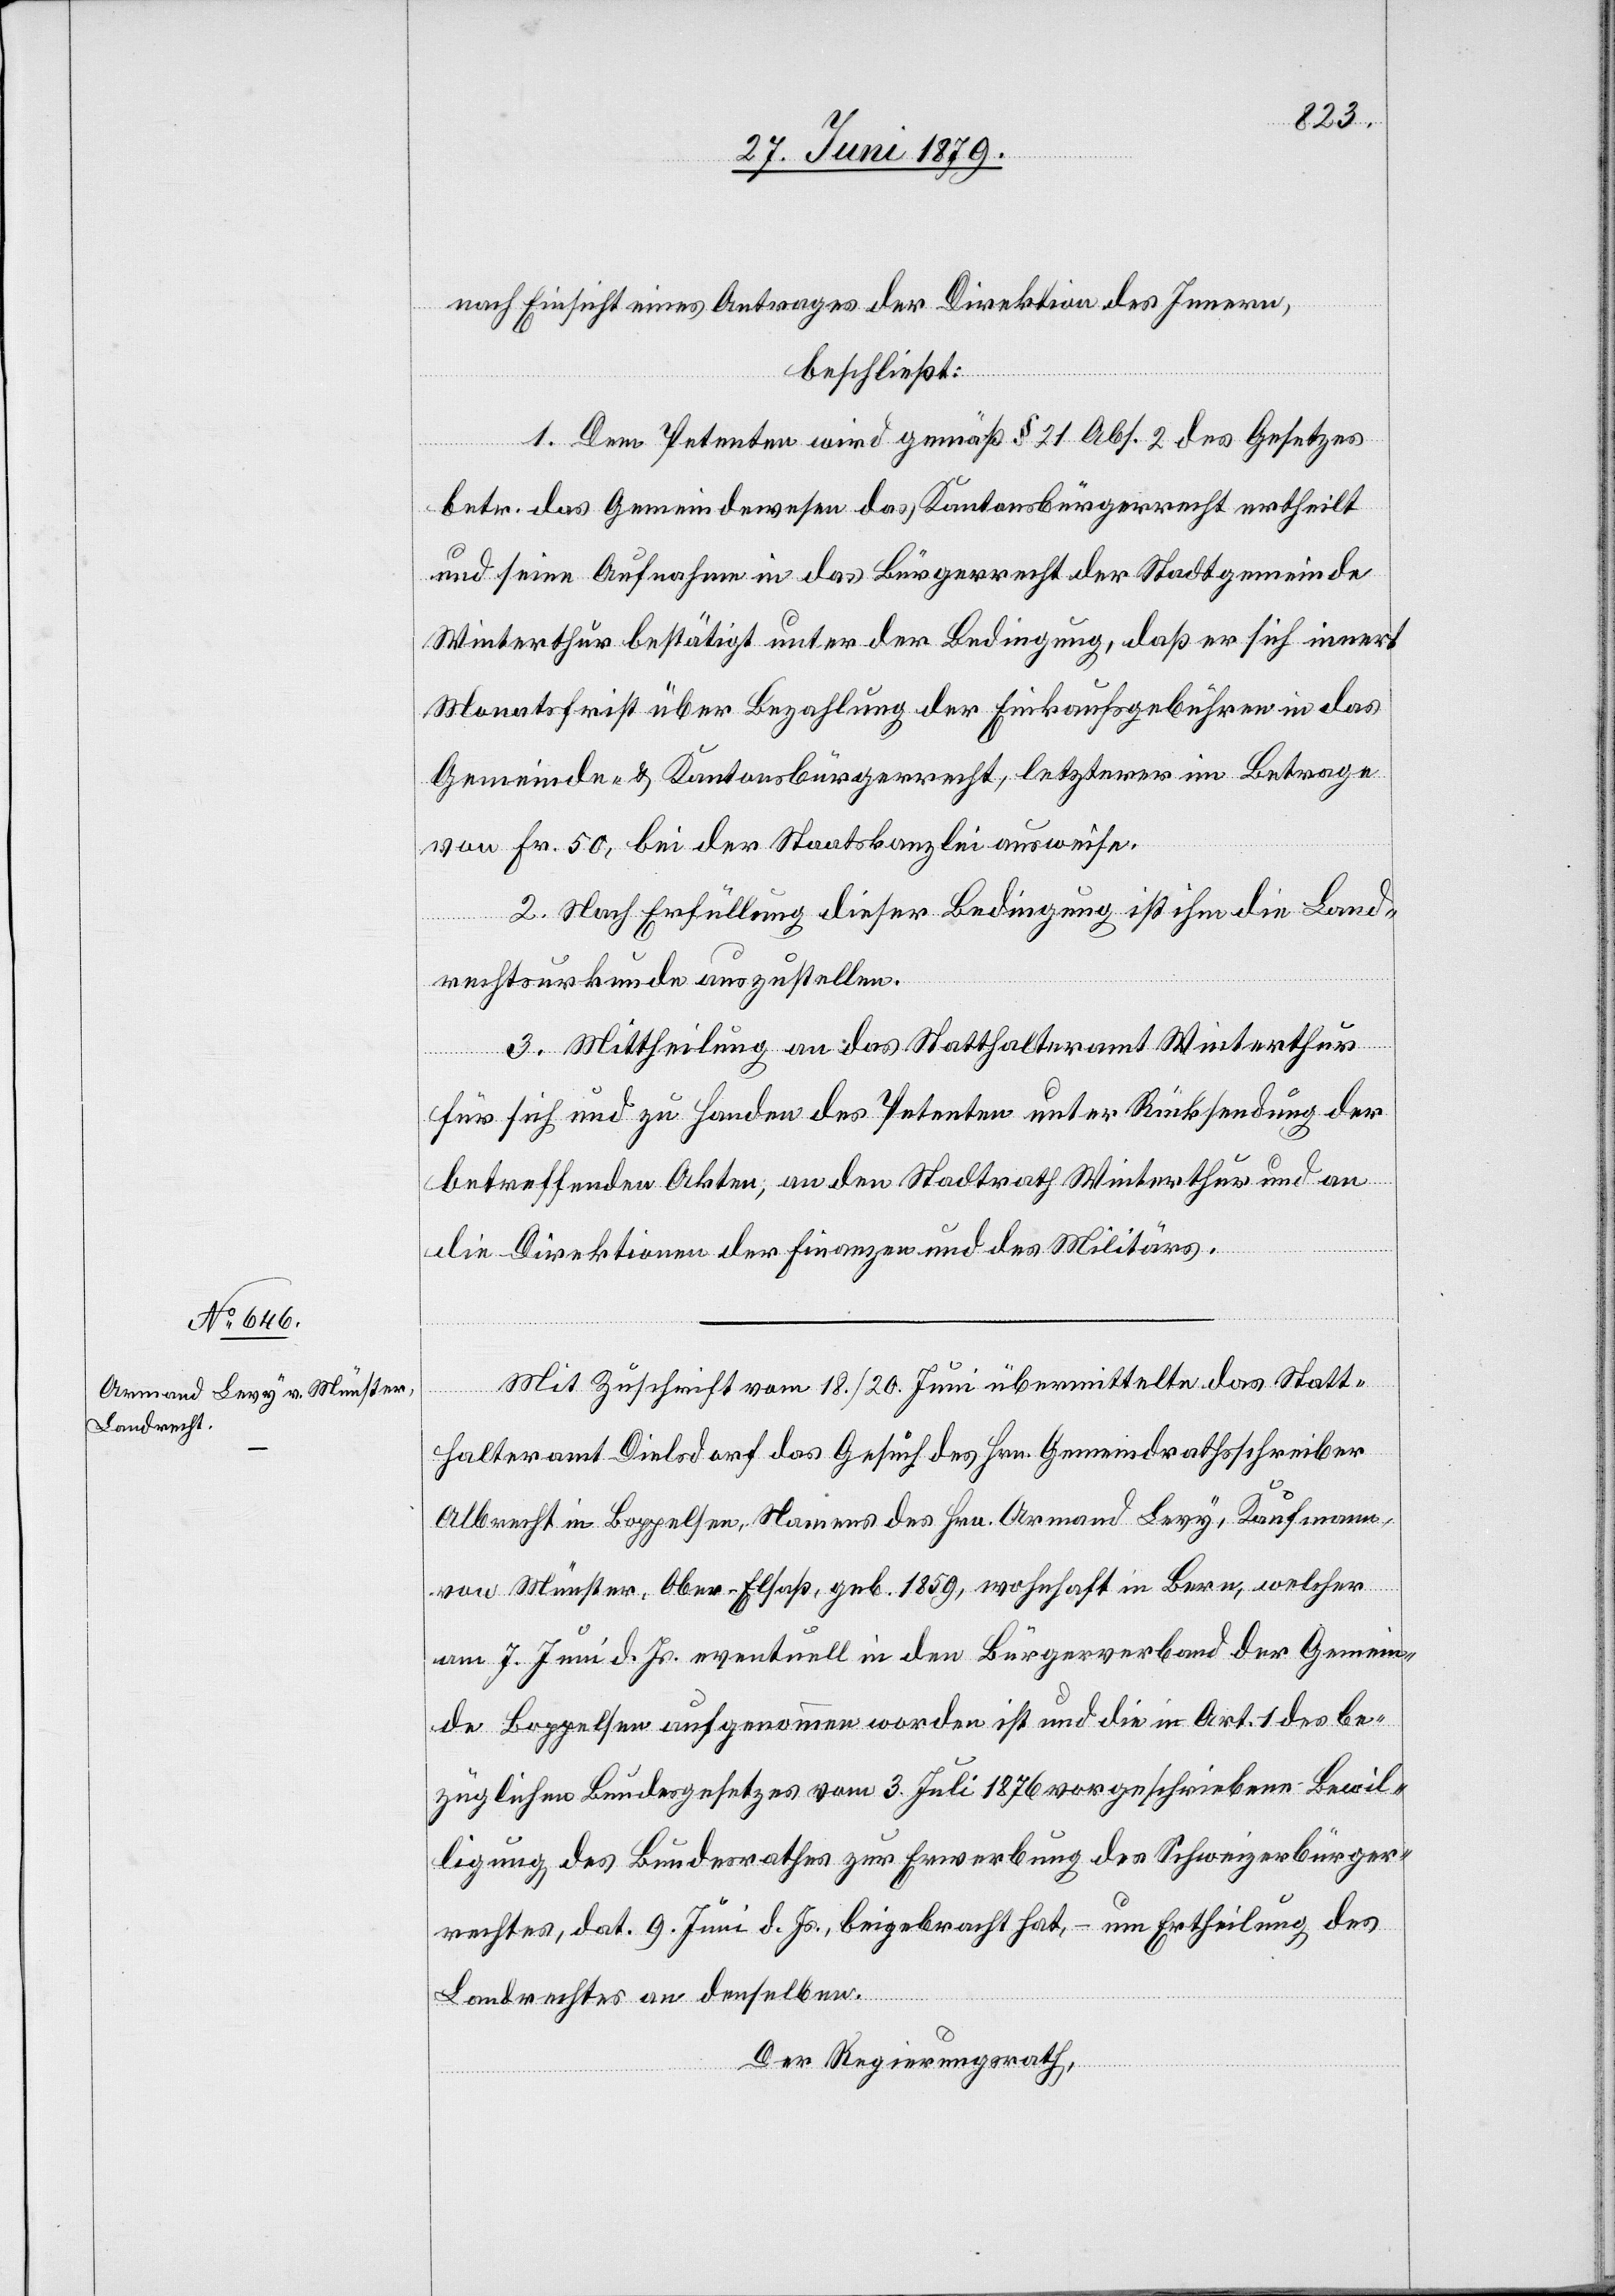
nach Einsicht eines Antrages der Direktion des Innern,
beschließt:
1. Dem Petenten wird gemäß § 21 Abs. 2 des Gesetzes
betr. das Gemeindewesen das Kantonsbürgerrecht ertheilt
und seine Aufnahme in das Bürgerrecht der Stadtgemeinde
Winterthur bestätigt unter der Bedingung, daß er sich innert
Monatsfrist über Bezahlung der Einkaufsgebühren in das
Gemeinde- & Kantonsbürgerrecht, letzterer im Betrage
von Fr. 50, bei der Staatskanzlei ausweise.
2. Nach Erfüllung dieser Bedingung ist ihm die Land¬
rechtsurkunde auszustellen.
3. Mittheilung an das Statthalteramt Winterthur
für sich und zu Handen des Petenten unter Rücksendung der
betreffenden Akten, an den Stadtrath Winterthur und an
die Direktionen der Finanzen und des Militärs.
Mit Zuschrift vom 18./20. Juni übermittelte das Statt¬
halteramt Dielsdorf das Gesuch des Hrn. Gemeindrathsschreiber
Albrecht in Boppelsen, Namens des Hrn. Armand Levy, Kaufmann,
von Münster, Ober-Elsaß, geb. 1859, wohnhaft in Bern, welcher
am 7. Juni d. Js. eventuell in den Bürgerverband der Gemein¬
de Boppelsen aufgenommen worden ist und die in Art. 1 des be¬
züglichen Bundesgesetzes vom 3. Juli 1876 vorgeschriebene Bewil¬
ligung des Bundesrathes zur Erwerbung des Schweizerbürger¬
rechtes, dat. 9. Juni d. Js., beigebracht hat, – um Ertheilung des
Landrechtes an denselben.
Der Regierungsrath,